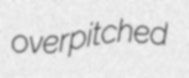
overpitched